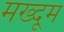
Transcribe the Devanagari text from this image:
मख्दूम